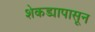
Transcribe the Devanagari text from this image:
शेकड्यापासून